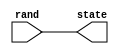
`timescale 1ns / 1ps

module rand_to_state(
    input [4:0] rand,
    output reg [4:0] state
    );

    always @(rand) begin
        state <= rand;
    end

endmodule